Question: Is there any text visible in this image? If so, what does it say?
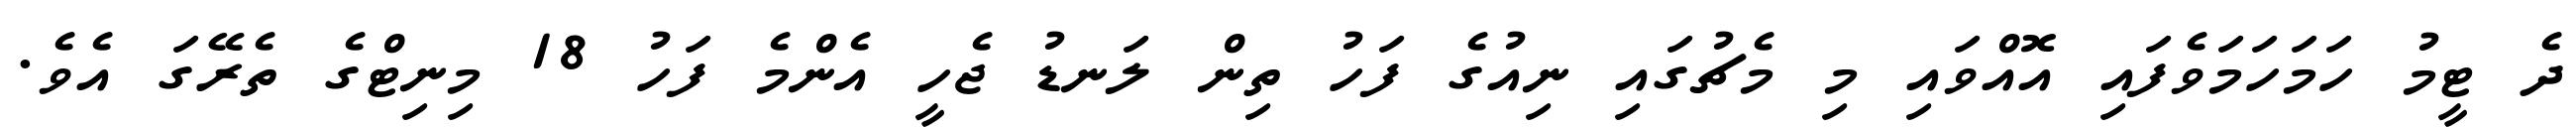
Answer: ދެ ޓީމު ހަމަހަމަވެފައި އޮއްވައި މި މެޗުގައި ނިއުގެ ފަހު ތިން ލަނޑު ޖެހީ އެންމެ ފަހު 18 މިނިޓްގެ ތެރޭގަ އެވެ.